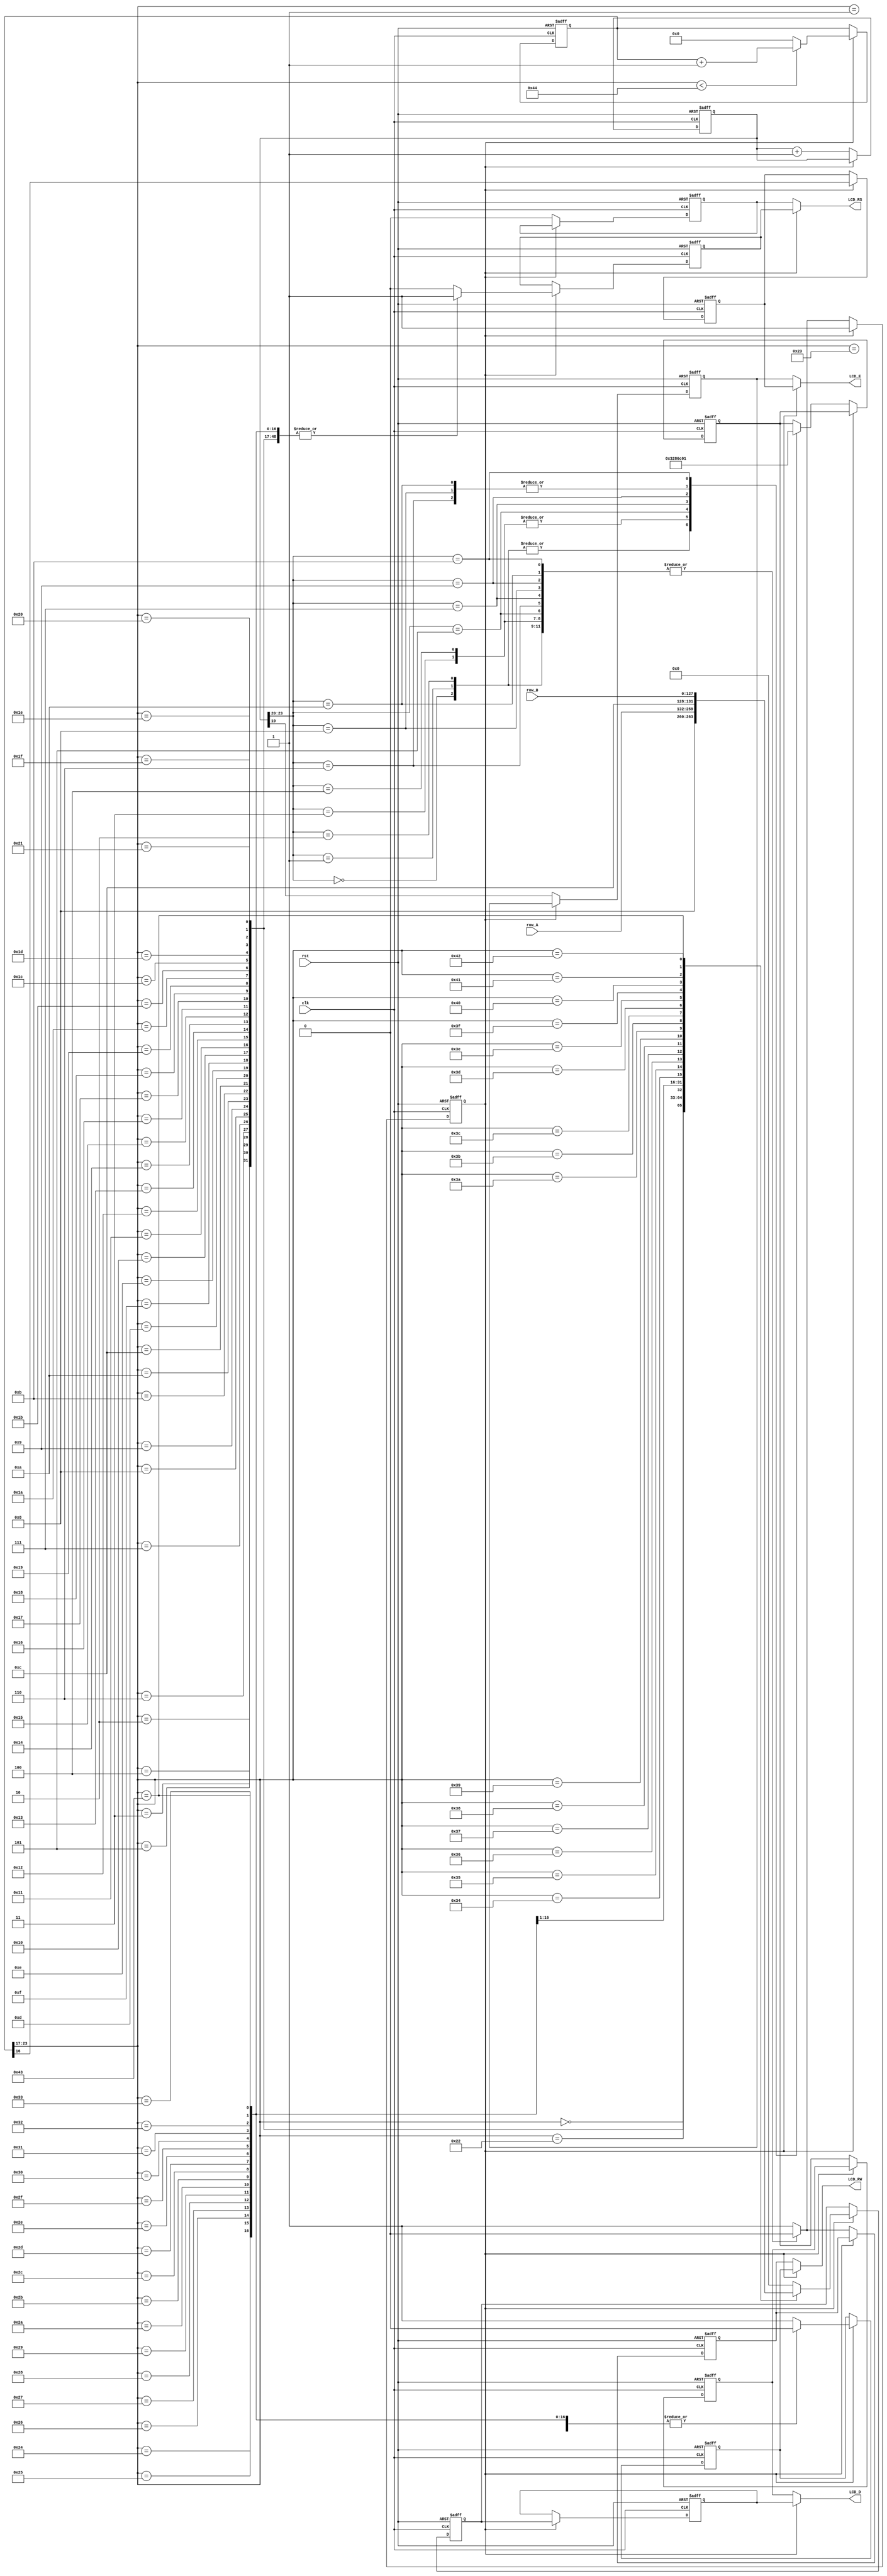
module LCD(
    input clk,
    input rst,
    input [127:0] row_A,
    input [127:0] row_B,
    output LCD_E,
    output LCD_RS,
    output LCD_RW,
    output [3:0] LCD_D
    );
 reg lcd_inited;
 reg [3:0] init_d,icode,tcode,text_d;
 reg init_rs,init_rw,init_e;
 reg text_rs,text_rw,text_e;

 reg [23:0]init_count,text_count;
 
 assign LCD_E=(lcd_inited)?text_e:init_e;
 assign LCD_RS=(lcd_inited)?text_rs:init_rs;
 assign LCD_RW=(lcd_inited)?text_rw:init_rw;
 assign LCD_D=(lcd_inited)?text_d:init_d;
 
 always@(posedge clk or posedge rst) begin
    if(rst)begin
        init_count<=0;
        init_rs<=0;
        init_rw<=1;
        init_e<=0;
        init_d<=0;
        icode<=0;
        lcd_inited<=0;
    end
    else if(!lcd_inited)begin
        init_count<=init_count+1;
        init_e<=init_count[19];
        init_rw<=0;
        init_rs<=0;
        init_d<=icode;
        case(init_count[23:20])
        0:icode<=4'h3;
        1:icode<=4'h3;
        2:icode<=4'h3;
        3:icode<=4'h2;
        
        4:icode<=4'h2;
        5:icode<=4'h8;
        
        6:icode<=4'h0;
        7:icode<=4'h6;
        
        8:icode<=4'h0;
        9:icode<=4'hC;
        
        10:icode<=4'h0;
        11:icode<=4'h1;
        default:{init_rw,lcd_inited}<=2'b11;
        endcase
    end
 end
 
 always@(posedge clk or posedge rst)begin
    if(rst)begin
        text_e<=0;
        text_rs<=0;
        text_rw<=1;
        text_count<=0;
        text_d<=0;
        tcode<=0;
    end
    else if (lcd_inited)begin
        text_count<=(text_count[23:17]<68)?text_count+1:0;
        text_e<=text_count[16];
        text_rs<=1;
        text_rw<=0;
        text_d<=tcode;
        case(text_count[23:17])
        0:{text_rs,text_rw,tcode}<=6'b001000;
        1:{text_rs,text_rw,tcode}<=6'b000000;
        
        2:tcode<=row_A[127:124];
        3:tcode<=row_A[123:120];
        4:tcode<=row_A[119:116];
        5:tcode<=row_A[115:112];
        6:tcode<=row_A[111:108];
        7:tcode<=row_A[107:104];
        8:tcode<=row_A[103:100];
        9:tcode<=row_A[99:96];
        10:tcode<=row_A[95:92];
        11:tcode<=row_A[91:88];
        12:tcode<=row_A[87:84];
        13:tcode<=row_A[83:80];
        14:tcode<=row_A[79:76];
        15:tcode<=row_A[75:72];
        16:tcode<=row_A[71:68];
        17:tcode<=row_A[67:64];
        18:tcode<=row_A[63:60];
        19:tcode<=row_A[59:56];
        20:tcode<=row_A[55:52];
        21:tcode<=row_A[51:48];
        22:tcode<=row_A[47:44];
        23:tcode<=row_A[43:40];
        24:tcode<=row_A[39:36];
        25:tcode<=row_A[35:32];
        26:tcode<=row_A[31:28];
        27:tcode<=row_A[27:24];
        28:tcode<=row_A[23:20];
        29:tcode<=row_A[19:16];
        30:tcode<=row_A[15:12];
        31:tcode<=row_A[11:8];
        32:tcode<=row_A[7:4];
        33:tcode<=row_A[3:0];
        
        34:{text_rs,text_rw,tcode}<=6'b001100;
        35:{text_rs,text_rw,tcode}<=6'b000000;
        
        36:tcode<=row_B[127:124];
        37:tcode<=row_B[123:120];
        38:tcode<=row_B[119:116];
        39:tcode<=row_B[115:112];
        40:tcode<=row_B[111:108];
        41:tcode<=row_B[107:104];
        42:tcode<=row_B[103:100];
        43:tcode<=row_B[99:96];
        44:tcode<=row_B[95:92];
        45:tcode<=row_B[91:88];
        46:tcode<=row_B[87:84];
        47:tcode<=row_B[83:80];
        48:tcode<=row_B[79:76];
        49:tcode<=row_B[75:72];
        50:tcode<=row_B[71:68];
        51:tcode<=row_B[67:64];
        52:tcode<=row_B[63:60];
        53:tcode<=row_B[59:56];
        54:tcode<=row_B[55:52];
        55:tcode<=row_B[51:48];
        56:tcode<=row_B[47:44];
        57:tcode<=row_B[43:40];
        58:tcode<=row_B[39:36];
        59:tcode<=row_B[35:32];
        60:tcode<=row_B[31:28];
        61:tcode<=row_B[27:24];
        62:tcode<=row_B[23:20];
        63:tcode<=row_B[19:16];
        64:tcode<=row_B[15:12];
        65:tcode<=row_B[11:8];
        66:tcode<=row_B[7:4];
        67:tcode<=row_B[3:0];
        default:{text_rs,text_rw,tcode}<=6'h10;
        endcase
    end
 end


endmodule